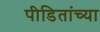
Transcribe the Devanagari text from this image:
पीडितांच्या